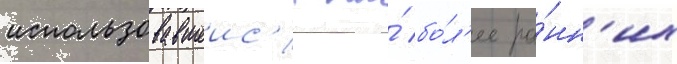
использовавшеис'я на́ бо́л'ее ра́нн'их